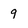
Character: 9